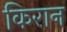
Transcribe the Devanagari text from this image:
किरान